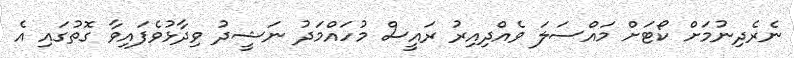
ނެރެދިނުމަށް ކޯޓަށް މައްސަލަ ވެއްދިއިރު ރައީސް މުހައްމަދު ނަޝީދު ވިދާޅުވެފައިވާ ގޮތުގައި އެ